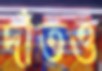
দাঁতও